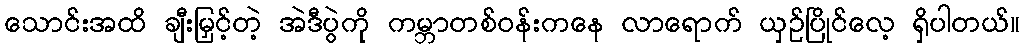
သောင်းအထိ ချီးမြှင့်တဲ့ အဲဒီပွဲကို ကမ္ဘာတစ်ဝန်းကနေ လာရောက် ယှဉ်ပြိုင်လေ့ ရှိပါတယ်။